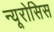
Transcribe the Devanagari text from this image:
न्यूरोसिस